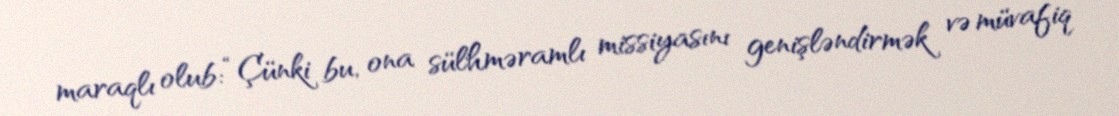
maraqlı olub: “Çünki bu, ona sülhməramlı missiyasını genişləndirmək və müvafiq